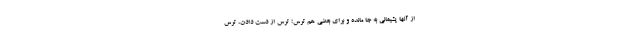
از آنها پشیمانی به جا مانده و برای بعضی هم ترس؛ ترس از دست دادن، ترس